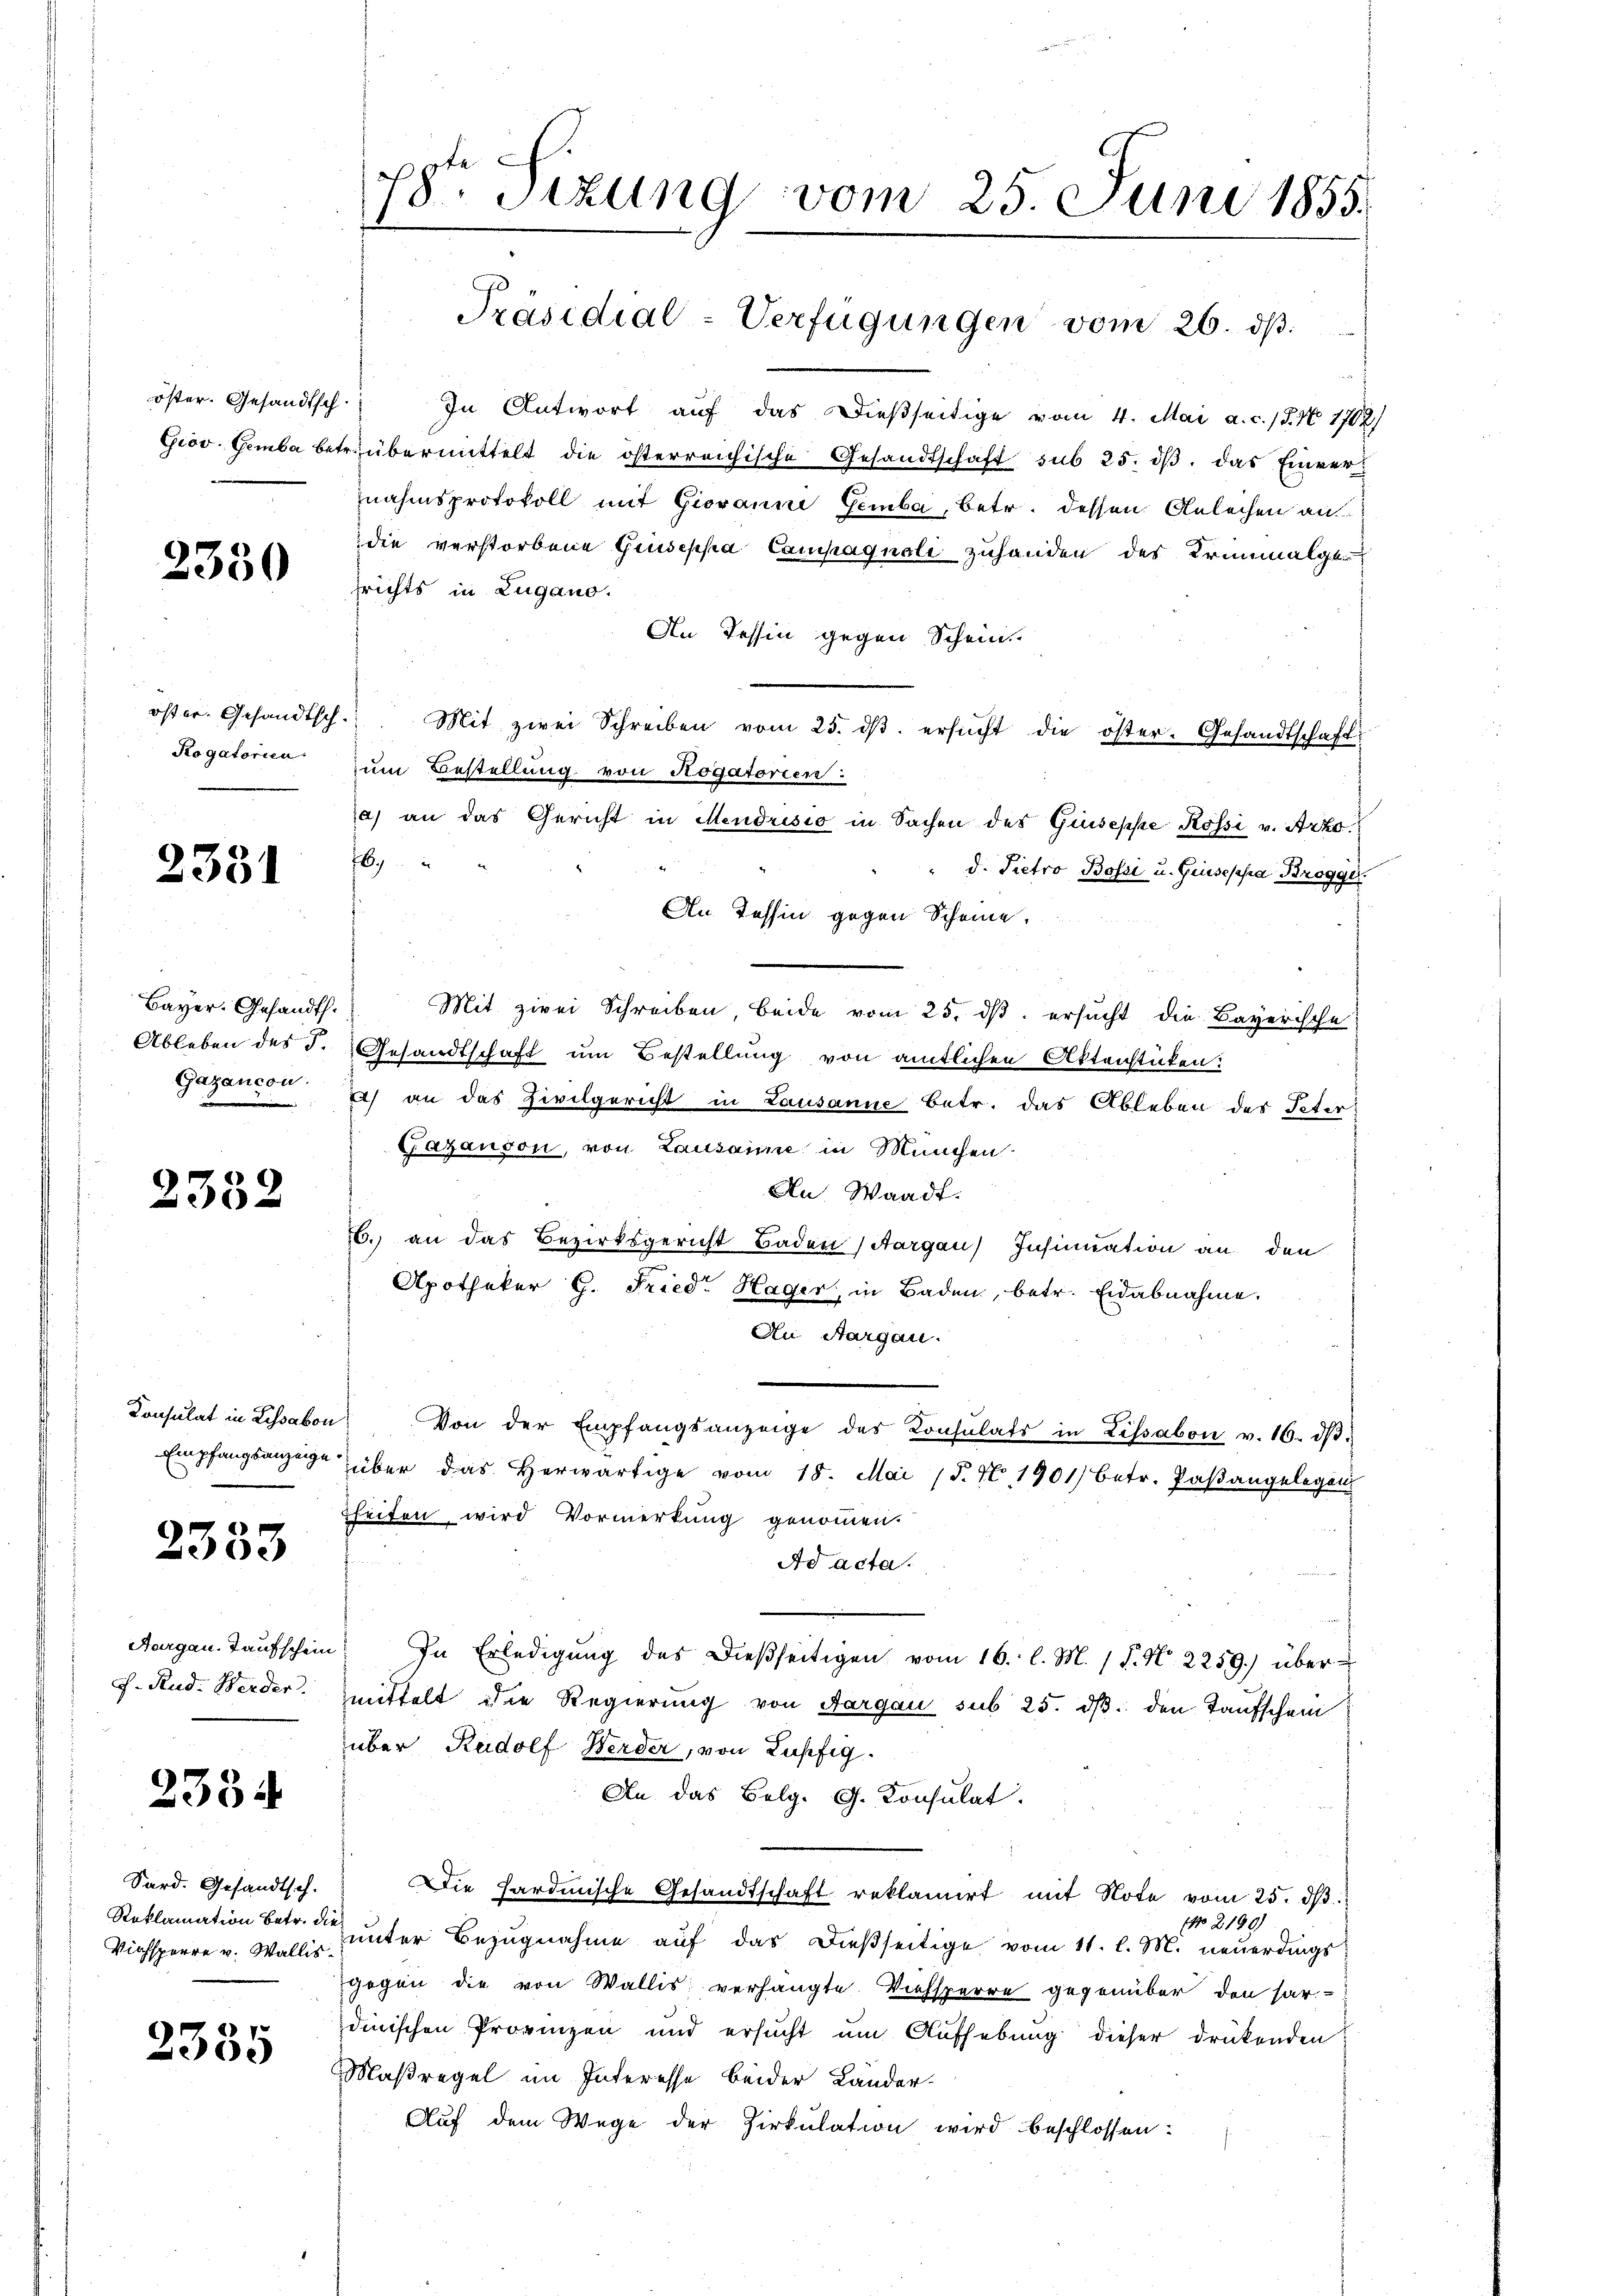
2330

Rogatorien

2351

Bayer. Gesandth.
Ableben des P.
Gazanson:

2352

Konsulat in Lissabon
Empfangsanzeige

2333

Aargau, Taufschein
J. Rud. Werder

2334

Sard. Gesandtsch.
Reklamation betr. die
Viehsperre v. Wallis.

2335

78te Sizung vom 25. Juni 1855.
1

öster. Gesandtsch. In Antwort aŭf das dießseitige vom 4. Mai a. c. 18. No 1702)
Giov. Gemba betrübermittelt die österreichische Gesandtschaft sub 25. dβ das Einver
nahmsprotokoll mit Giovanne Gemba, Betr. dessen Anleihen an
die verstorbene Giuseppa Campagnoli zuhanden des Trinimalgesrichts in Zugano.
An Tessin gegen Schein
öfter. Gesandtsch. Mit zwei Schreiben vom 25. dβ. ersŭcht die öster-Gesandtschafts
zum Bestellung von Rogatorien:
a) an das Gericht in Mendrisio in Sachen des Giuseppe Rossi v. Arto¬
6
d. Pietro Bossi u. Giuseppa Brogge
An Tessin gegen Scheine,
Mit zwei Schreiben, beide vom 25. ds. ersucht die Bayerische
Gesandtschaft um Bestellung von amtlichen Aktenstücken:
) an das Zivilgericht in Lausanne betr. das Ableben des Peter
Fazanson, von Lausamme in München
An Waadt.
6. an das Bezirksgericht Baden (Aargau) Insinuation an den
Apotheker G. Fried. Hager, in Baden, betr. Eidabnahme.
An Aargau.
 Von der Empfangsanzeige des Konsulats in Lissabon v. 16. dβ.
über das herwärtige vom 18. Mai (§. 7. 1901 betr. Paβangelegen
rheiten wird Vormerkung genommen.
Ad acta.
" In Erledigŭng des dießseitigen vom 16. l. M. (T. N. 2259.) über
zmittelt die Regierung von Aargau sub 25. dβ den Taufschein
über Rudolf Werder, von Lupfig
An das Belg. G. Consulat
Die Hardmische Gesandtschaft reklamirt mit Note vom 25. dβ.
No 2190)
Zunter Bezugnahme auf das dießseitige vom 11. l. M. neuerdings
gegen die von Wallis verhängte Viehsperre gegenüber den har-
dinischen Provinzen und ersucht um Aufhebung dieser drükenden
Maßregel im Interesse beider Länder-
Auf dem Wege der Zirkulation wird beschlossen:

Präsidial-Verfügungen vom 26. ds.